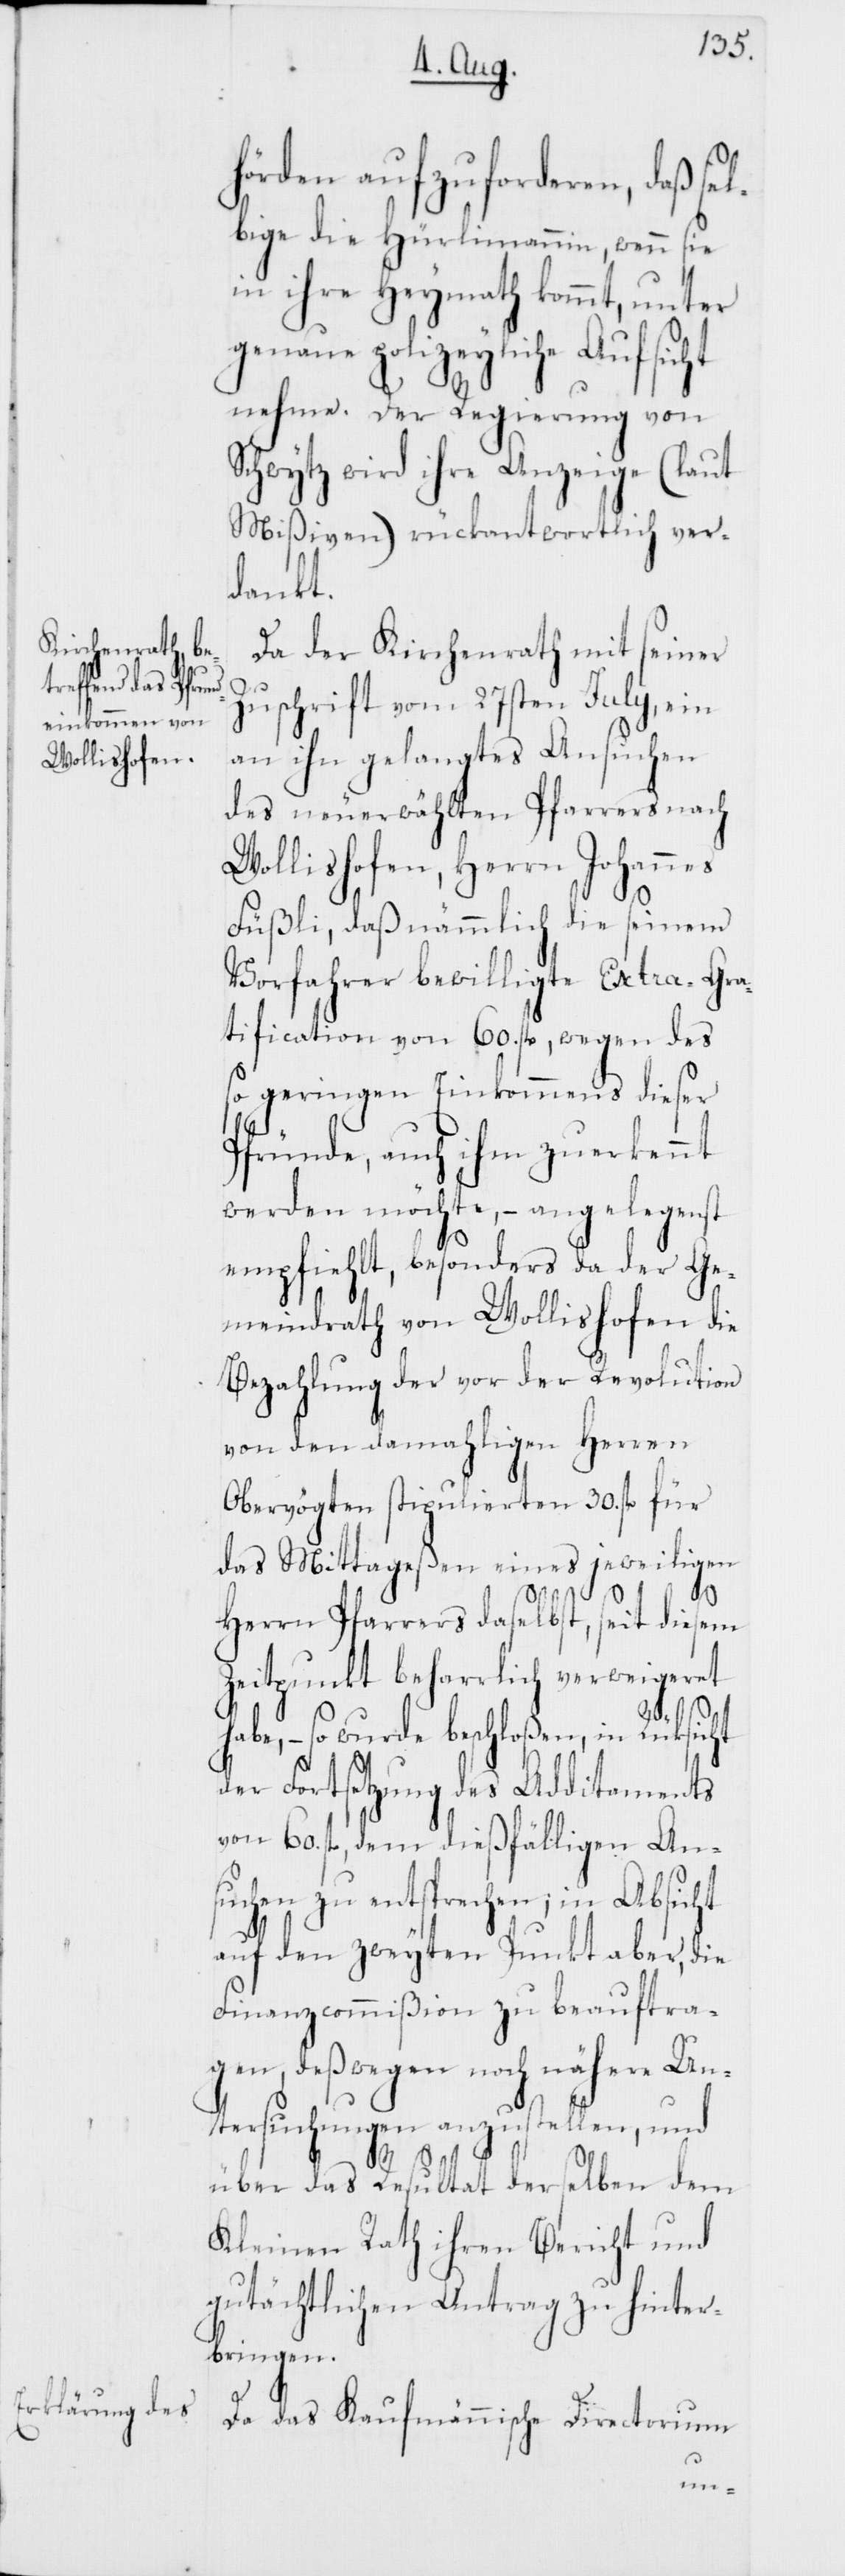
hörden aufzuforderen, daß se¬
lbige die Hürlimannin, wenn sie
in ihre Heymath kommt, unter
genaue polizeyliche Aufsicht
nehme. Der Regierung von
Schwytz wird ihre Anzeige (laut
Mißiven) rückantwortlich ver¬
dankt.
Da der Kirchenrath mit seiner
Zuschrift vom 27sten Julii, ein
an ihn gelangtes Ansuchen
des neuerwählten Pfarrers nach
Wollishofen, Herrn Johannes
Füßli, daß nämmlich die seinem
Vorfahrer bewilligte Extra-Gra¬
tification von 60. fl., wegen des
so geringen Einkommens dieser
Pfründe, auch ihm zuerkennt
werden möchte, – angelegenst
empfiehlt, besonders da der Ge¬
meindrath von Wollishofen die
Bezahlung der vor der Revolution
von den damahligen Herren
Obervögten stipulierten 30. fl. für
das Mittageßen eines jeweiligen
Herrn Pfarrers daselbst, seit diesem
Zeitpunkt beharrlich verweigeret
be, – so wurde beschloßen, in Rücksic¬
der Fortsetzung des Additaments
von 60. fl., dem dießfälligen An¬
suchen zu entsprechen; in Absicht
auf den zweyten Punkt aber, die
Finanzcommißion zu beauftra¬
gen, deßwegen noch nähere Un¬
tersuchungen anzustellen, und
über das Resultat derselben dem
Kleinen Rath ihren Bericht und
gutächtlichen Antrag zu hinter¬
bringen.
ht
Da das Kaufmännische Directorium
ha¬